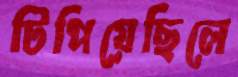
টিপিয়েছিলে